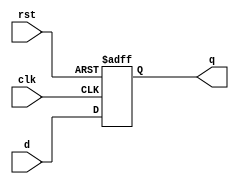
module d_ff_sync_reset (
    input wire clk,     // Clock input
    input wire rst,     // Synchronous reset input
    input wire d,       // D input
    output reg q        // Q output
);

    always @(posedge clk or posedge rst) begin
        if (rst) begin
            q <= 1'b0;   // Reset value
        end else begin
            q <= d;      // Store D input
        end
    end

endmodule